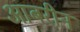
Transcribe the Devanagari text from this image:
आबरीन